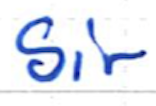
Text: Sir
Cross-out: clean
Writing tool: ballpoint